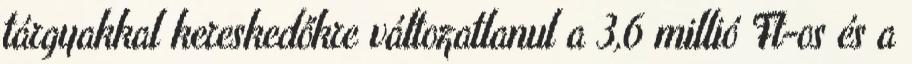
tárgyakkal kereskedőkre változatlanul a 3,6 millió Ft-os és a